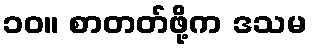
၁၀။ စာတတ်ဖို့က ဒသမ